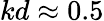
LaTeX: kd\approx 0.5